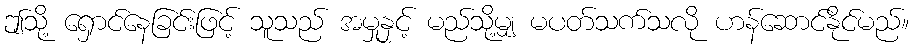
ဤသို့ ရှောင်နေခြင်းဖြင့် သူသည် အမှုနှင့် မည်သို့မျှ မပတ်သက်သလို ဟန်ဆောင်နိုင်မည်။